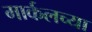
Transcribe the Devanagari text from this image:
मार्कलच्या